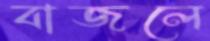
বাজলে